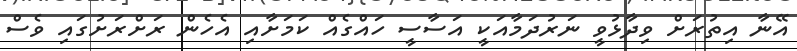
އޭނާ އިތުރަށް ވިދާޅުވީ ނަރުދަމާއަކީ އަސާސީ ހައްގެއް ކަމަށާއި އެހެން ރަށްރަށުގައި ވެސް